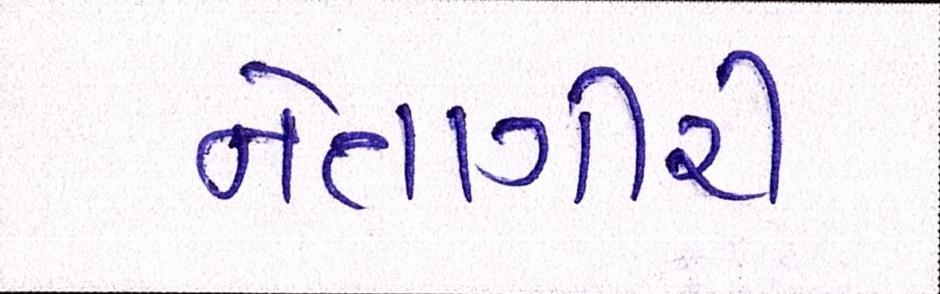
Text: નેતાગીરી